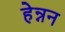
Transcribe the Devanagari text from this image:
हेन्नन